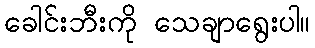
ခေါင်းဘီးကို သေချာရွေးပါ။